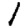
Digit: 1